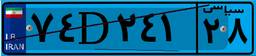
۷۴D۲۴۱۲۸